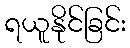
ရယူနိုင်ခြင်း